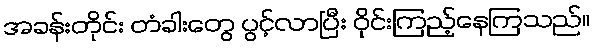
အခန်းတိုင်း တံခါးတွေ ပွင့်လာပြီး ဝိုင်းကြည့်နေကြသည်။